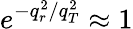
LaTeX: e^{-q_{r}^{2}/q_{T}^{2}}\approx 1